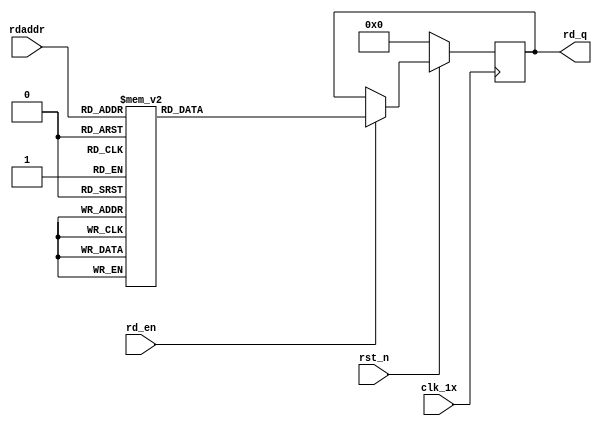

`timescale 1ns / 1ps
module F_normal_t10_next_Rom4(
input	          							clk_1x,
input	          							rst_n,
//////////////////////////////////////////////////////////////
input										rd_en,
input				[4:0]				rdaddr,
output		reg			[159:0]				rd_q
);

always @(posedge clk_1x)begin
	if(~rst_n)begin
		rd_q <= 160'b0;
	end
	else if(rd_en == 1'b1)begin
		case(rdaddr)
			5'h13: rd_q <= 160'b1110011110000110011010010000010111111000100110111010010001001110101011001010101100110111000011010101010100010101101011100110110001111010000101111101110010000100;
			5'h12: rd_q <= 160'b1111101010000010011011111111011001111001011100011100001001110100110110000001001100101110111001110101111100010011100101101010011111100110010000010101000110011000;
			5'h11: rd_q <= 160'b1011001010011011010111100100011101111110100110000000000100001001110000000001101101101000110000100001000100110101000111010110001011110000100011111101110011010110;
			5'h10: rd_q <= 160'b0101101110100100111011100011111001110101000011010011001001001011000011001010001000001110111001111110001011000111000000110011011110110111100110001000001110111111;
			5'h0f: rd_q <= 160'b1100011010000001101011000110001011101011110111010001000010111001001001110001111101101110110100111111101011010110110101011001100000100001110111101100110111110110;
			5'h0e: rd_q <= 160'b1111000000011111100111101001011010110000011011011101111001010000100011001001010110010011001000101011010111010011101000011100111100010111101101010101000010101001;
			5'h0d: rd_q <= 160'b0101000001001001110100011110000100110001110011010001010000010011000110010110001001011101101111001001101111111101100010010011000001100000101111100001000001000011;
			5'h0c: rd_q <= 160'b1110100000110100101011010010001101100000101000101001111010000010010011010011100111011000000000101100011111010110010111011111111111001101000011110100111010100100;
			5'h0b: rd_q <= 160'b0101000101000010101101110110100010111111000111000101001001000100001001000010001000100101110010110001011001111110000101000110010000101111000010101100101100001101;
			5'h0a: rd_q <= 160'b0000000101000010000011110000110101010011101111101001010101000101101010111010010111110110000110010110011011100111111001101011110000011011010000010110101110011011;
			5'h09: rd_q <= 160'b0001111011010111000101000101101111000100010000111101100000110011010011110011110101101011011011101110100000100111011000110111101111001101100001010111100001011011;
			5'h08: rd_q <= 160'b1101001110111101001100101101001111010010011100101110101101110010000110010100011011100010100011100001101100000011110111011101111001100110111110110100000001001101;
			5'h07: rd_q <= 160'b0100010100010011100111100000011000101000101100011011111000000111011111011110110110011101111101010101111110001100101100010110101001111010100100001100111000010011;
			5'h06: rd_q <= 160'b0111000010110011111100011101001010110111011001111111100010100001011000011010101000001010010111101010100111000111111100100111111111010110110000111101110101111100;
			5'h05: rd_q <= 160'b1010011101101000100000101001001000000110010010001010001000010010010100111011100011000010110111101100000000011100001000010010000000100011111000001100111000011010;
			5'h04: rd_q <= 160'b0000001010000001111100111111011011100100000001010101101010001101110011010101000000010000101110111000010100100011001011010111000111011110111111110010001001101110;
			5'h03: rd_q <= 160'b0100001010111010010000101110000110101100100000110111011011010001000011001011110010100111101100000010101111000110010110101100001110101001001000111110110011000001;
			5'h02: rd_q <= 160'b0101100001100001000110011110110010011110110111011011001000000100111001001110110011010101011011010110011011101111010110011000100010010111011100111000110001111111;
			5'h01: rd_q <= 160'b0000101111110111110110100000011001111001100100000000111000110101010010000110100000110001011101011111010011111000100000111110001011110010010101101101101011111100;
			5'h00: rd_q <= 160'b0010111010110101000110111010010001010010010000101101111000010011000001110111101100011110101100110001001110001101010010100110111000001001111101001111001100011011;
		default:rd_q <= 160'b0;
		endcase
	end
end

endmodule